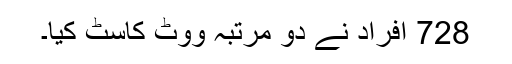
728 افراد نے دو مرتبہ ووٹ کاسٹ کیا۔